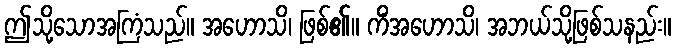
ဤသို့သောအကြံသည်။ အဟောသိ၊ ဖြစ်၏။ ကိံအဟောသိ၊ အဘယ်သို့ဖြစ်သနည်း။